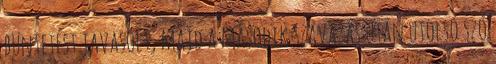
büntetést javasolt, majd a második szavazás után utolsó szó